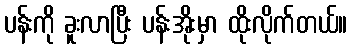
ပန်းကို ခူးလာပြီး ပန်းအိုးမှာ ထိုးလိုက်တယ်။